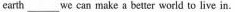
earth _____we can make a betuer world to live in.